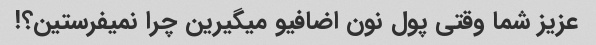
عزیز شما وقتی پول نون اضافیو میگیرین چرا نمیفرستین؟!